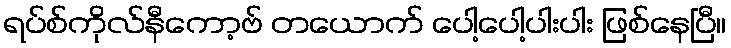
ရပ်စ်ကိုလ်နီကော့ဗ် တယောက် ပေါ့ပေါ့ပါးပါး ဖြစ်နေပြီ။